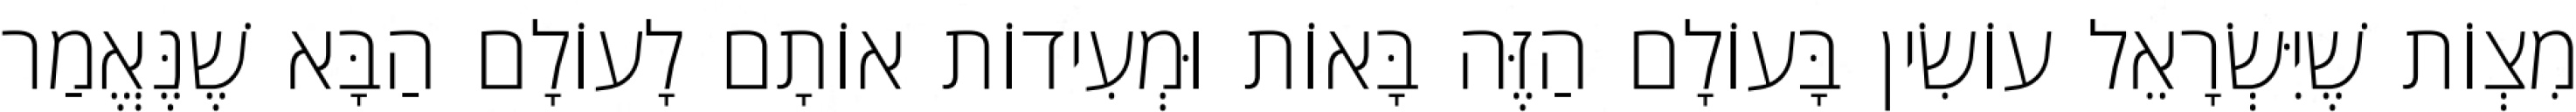
מִצְוֹת שֶׁיִּשְׂרָאֵל עוֹשִׂין בָּעוֹלָם הַזֶּה בָּאוֹת וּמְעִידוֹת אוֹתָם לָעוֹלָם הַבָּא שֶׁנֶּאֱמַר